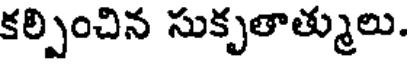
కల్పించిన సుకృతాత్ములు.